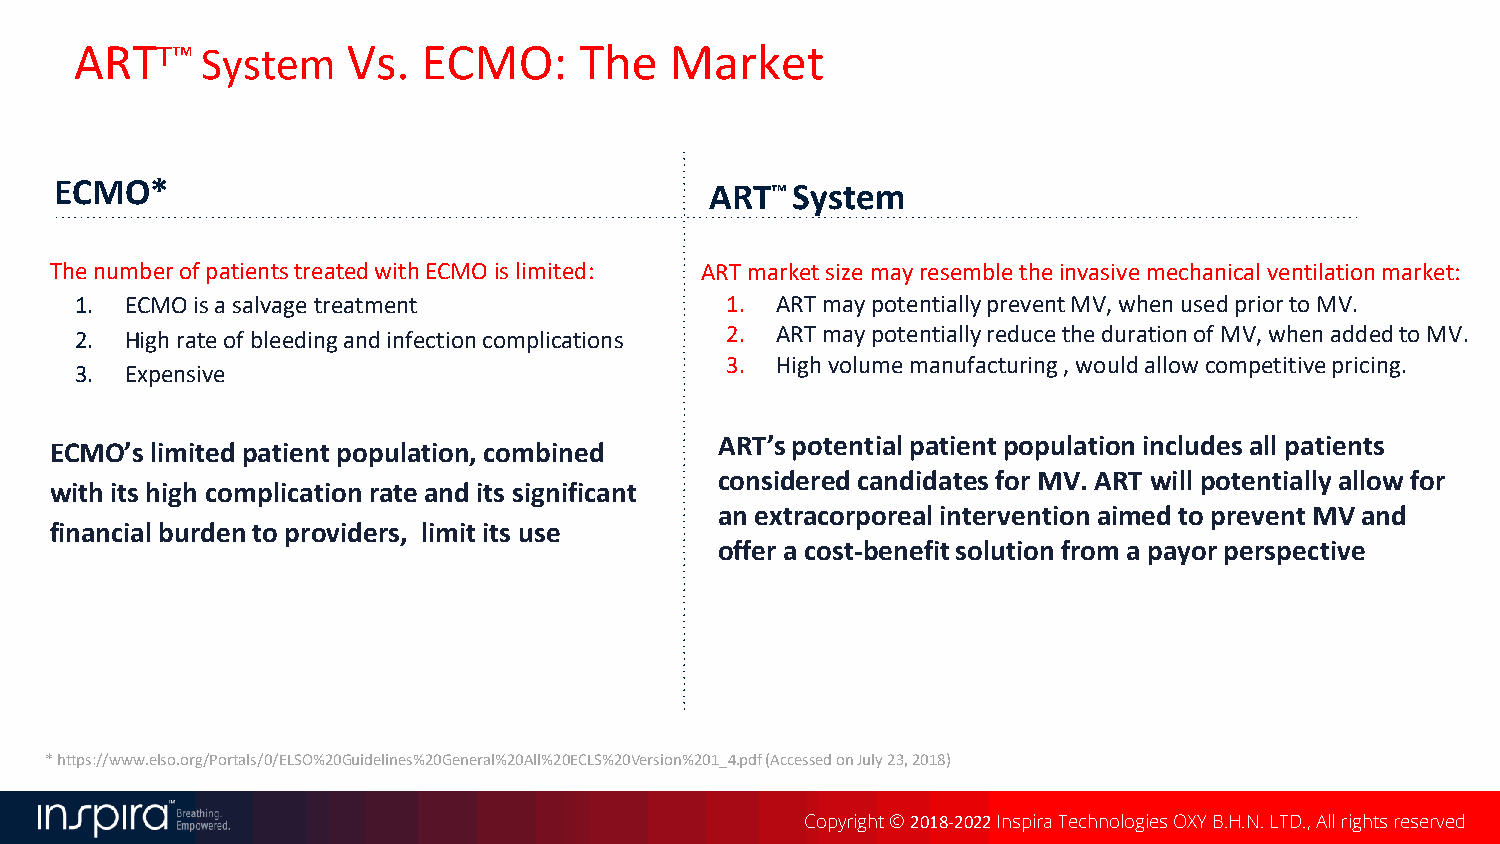
ARTT™   System    Vs.  ECMO:     The   Market
 ECMO*                                      ART™System
 The number of patients treated with ECMO is limited: ART market sizemayresemble theinvasive mechanical ventilation market:
 1. ECMO is a salvage treatment             1. ARTmaypotentially prevent MV, when used prior to MV.
 2. High rate of bleeding and infection complications 2. ARTmaypotentially reduce the duration of MV, when added to MV.
 3. High volume manufacturing , would allow competitive pricing.
 3. Expensive
 ART’s potential patient population includes all patients
 ECMO’s limited patient population, combined
 considered candidates for MV. ART will potentiallyallow for
 with its high complication rate and its significant
 an extracorporeal intervention aimed to prevent MV and
 financial burden to providers, limit its use
 offer a cost-benefit solution from a payor perspective
 * https://www.elso.org/Portals/0/ELSO%20Guidelines%20General%20All%20ECLS%20Version%201_4.pdf (Accessed on July 23, 2018)
 Copyright © 2018-2022Inspira Technologies OXY B.H.N. LTD., All rights reserved